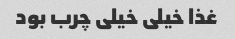
غذا خیلی خیلی چرب بود